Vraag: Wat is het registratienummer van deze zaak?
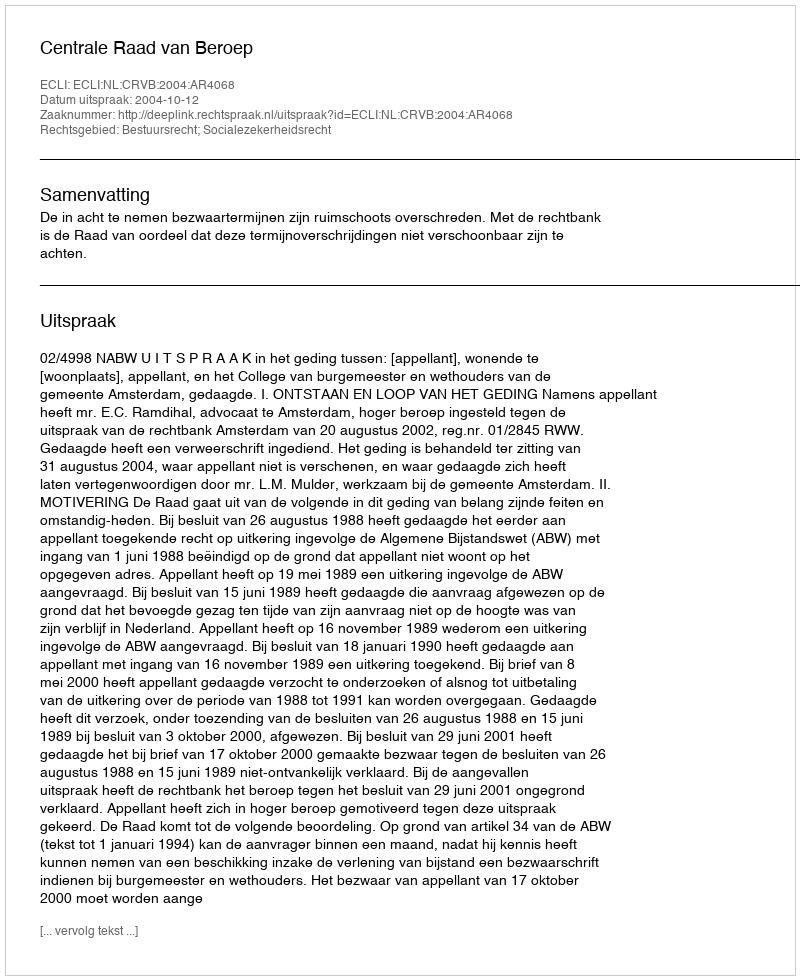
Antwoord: http://deeplink.rechtspraak.nl/uitspraak?id=ECLI:NL:CRVB:2004:AR4068